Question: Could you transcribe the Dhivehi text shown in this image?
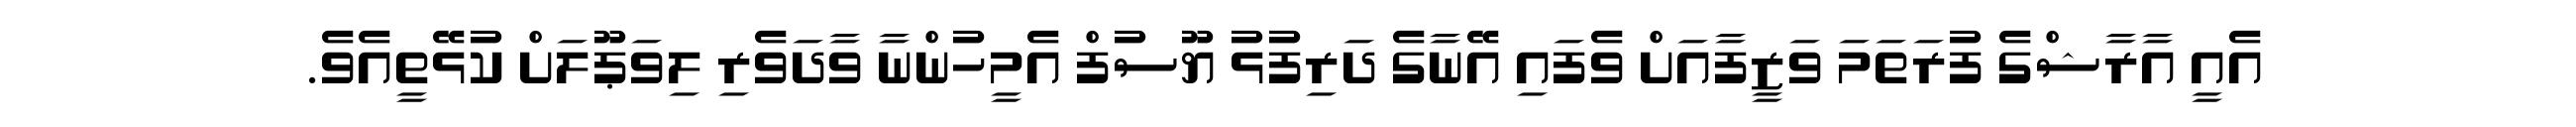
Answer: އެއީ އާރާޝްގެ ފުރަތަމަ ވަޒީފާއަށް ވެފައި އޭނާގެ ދަރިފުޅު ޔޫސުފް އެމީހުންނާ ވާދަވެރި ލިވަޕޫލަށް ކުޅޭތީއެވެ.